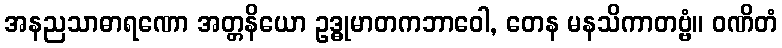
အနညသာဓာရဏော အတ္တနိယော ဥဒ္ဓုမာတကဘာဝေါ, တေန မနသိကာတဗ္ဗံ။ ဝဏိတံ